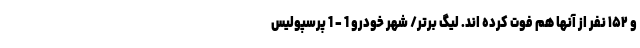
و ۱۵۲ نفر از آنها هم فوت کرده اند. لیگ برتر/ شهر خودرو 1 - 1 پرسپولیس